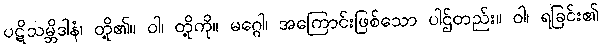
ပဋိသမ္ဘိဒါနံ၊ တို့၏။ ဝါ၊ တို့ကို။ မဂ္ဂေါ၊ အကြောင်းဖြစ်သော ပါဌ်တည်း။ ဝါ၊ ရခြင်း၏